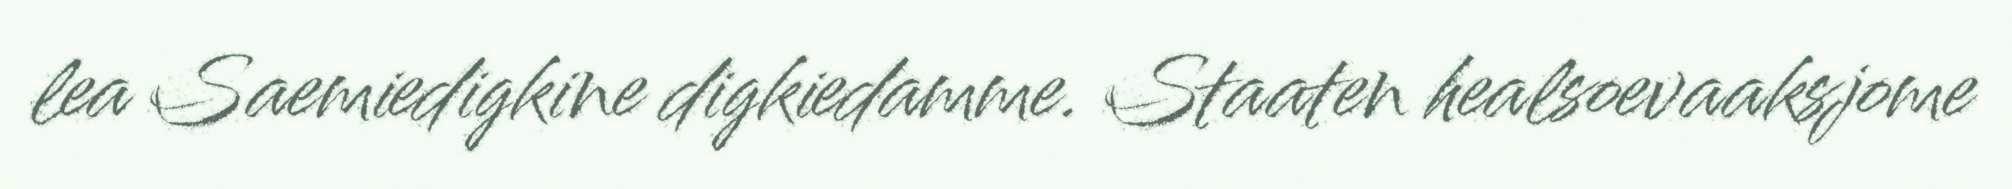
lea Saemiedigkine digkiedamme. Staaten healsoevaaksjome